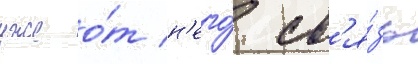
уже о́т н'его́ св'я́зь